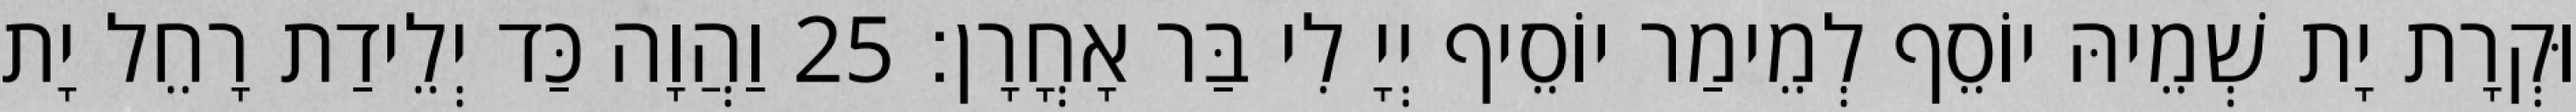
וּקְרָת יָת שְׁמֵיהּ יוֹסֵף לְמֵימַר יוֹסֵיף יְיָ לִי בַּר אָחֳרָן׃ 25 וַהֲוָה כַּד יְלֵידַת רָחֵל יָת